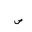
Letter: _sad